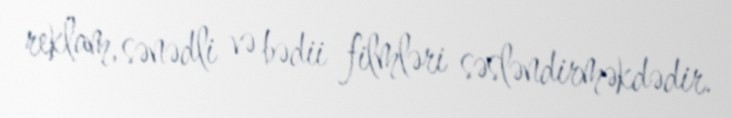
reklam, sənədli və bədii filmləri səsləndirməkdədir.